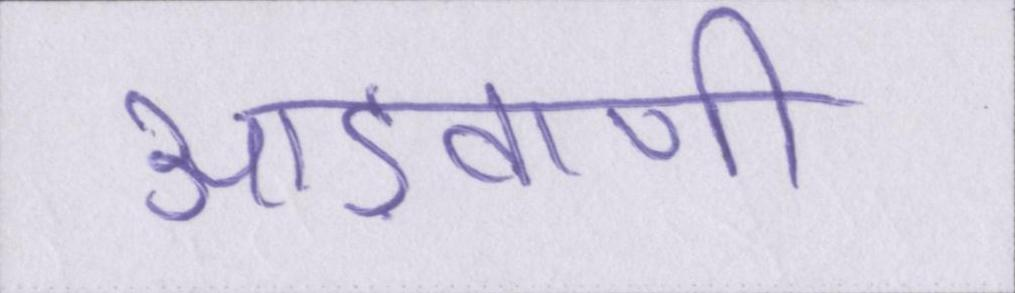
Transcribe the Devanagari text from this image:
आड़वाणी